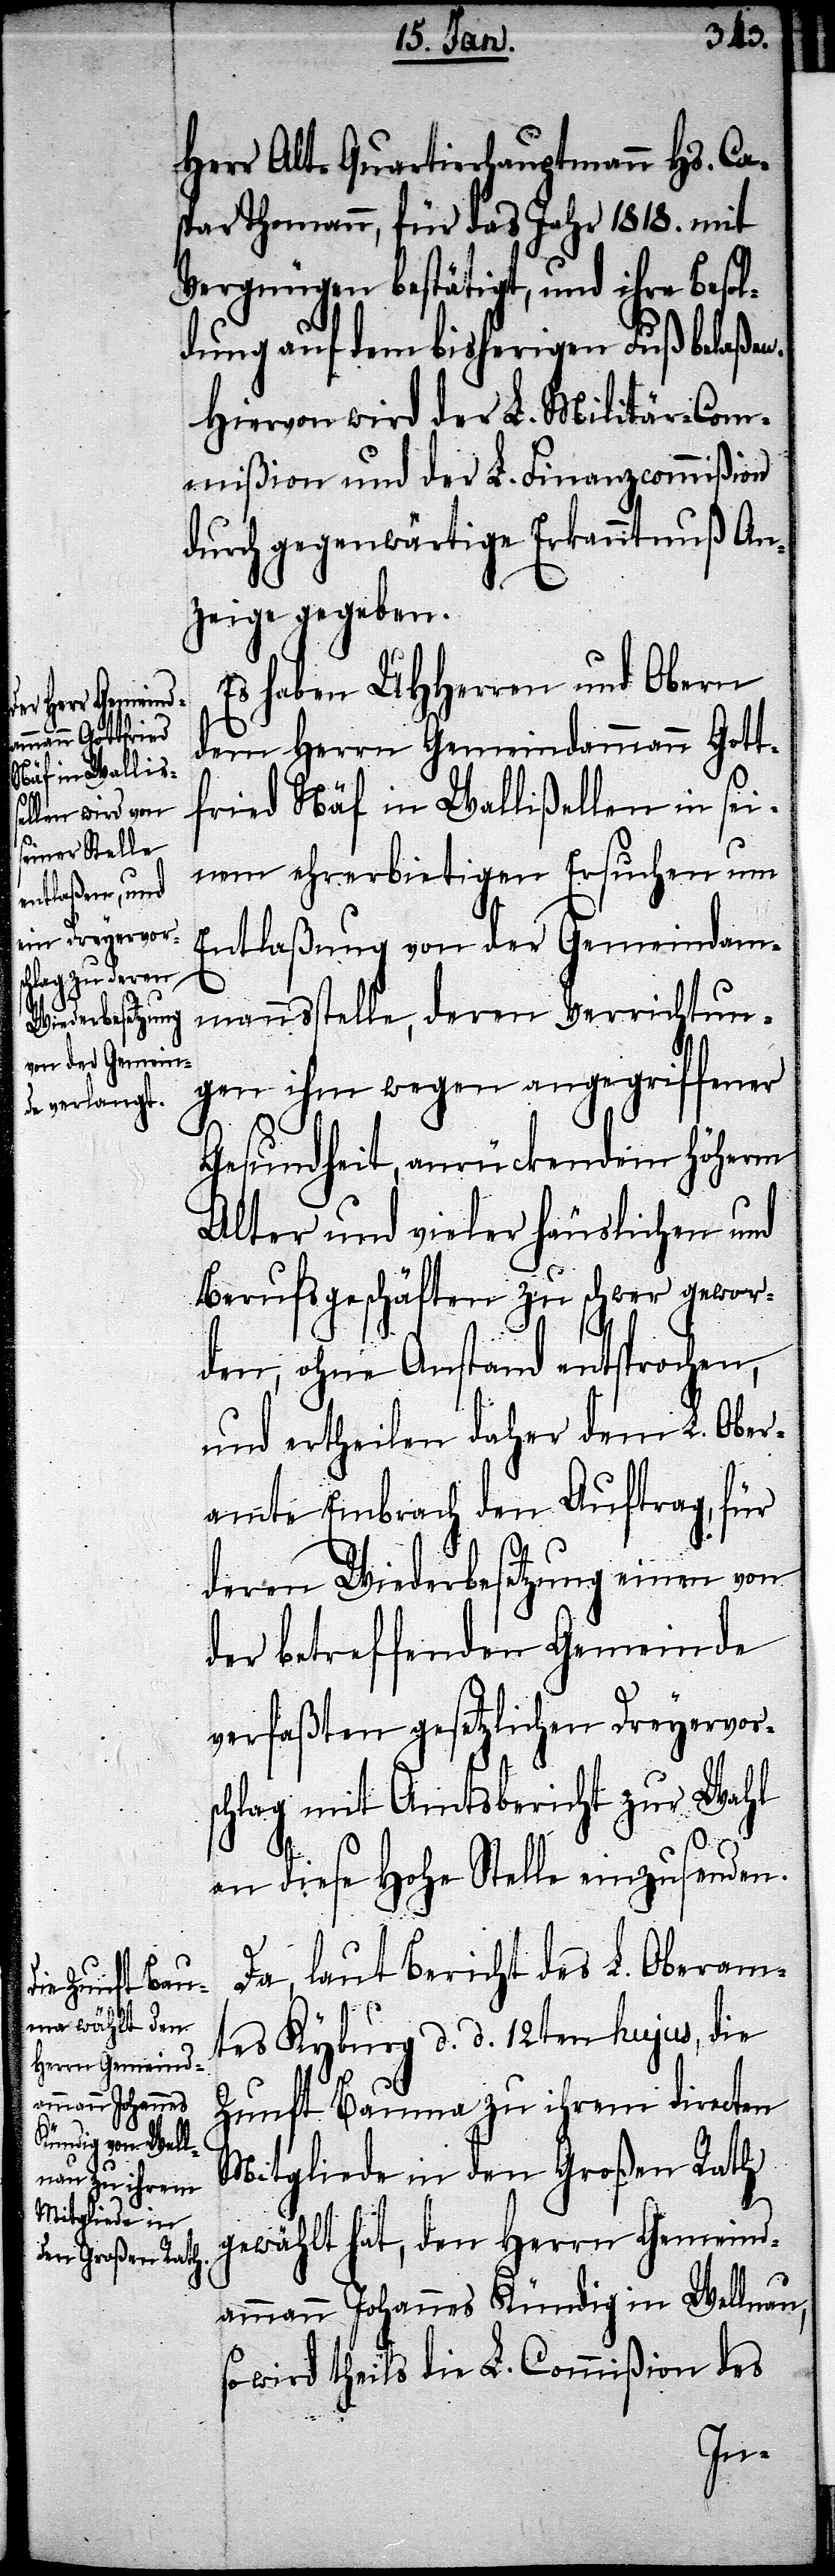
Herr Alt-Quartierhauptmann Hs. Ca¬
spar Thomann, für das Jahr 1818. mit
Vergnügen bestätigt, und ihre Besol¬
dung auf dem bisherigen Fuß belaßen.
Hiervon wird der L. Militär-Com¬
mißion und der L. Finanzcommißion
durch gegenwärtige Erkanntnuß An¬
zeige gegeben.
Es haben UHHerren und Obern
dem Herrn Gemeindammann Gott¬
fried Näf in Wallißellen in sei¬
nem ehrerbietigen Ersuchen um
Entlaßung von der Gemeindam¬
mannsstelle, deren Verrichtun¬
gen ihm wegen angegriffener
Gesundheit, anrückendem höherm
Alter und vieler häuslichen und
Berufsgeschäften zu schwer gewor¬
den, ohne Anstand entsprochen,
und ertheilen daher dem L. Ober¬
amte Embrach den Auftrag, für
deren Wiederbesetzung einen von
der betreffenden Gemeinde
verfaßten gesetzlichen Dreyervors¬
chlag mit Amtsbericht zur Wahl
an diese Hohe Stelle einzusenden.
Da, laut Bericht des L. Oberam¬
tes Kyburg d. d. 12ten hujus, die
Zunft Bauma zu ihrem directen
Mitgliede in den Großen Rath
gewählt hat, den Herrn Gemeind¬
ammann Johannes Kündig in Wellnau,
so wird theils die L. Commißion des